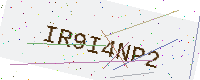
Text: IR9I4NP2